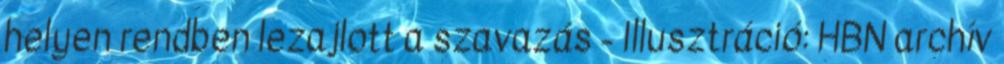
helyen rendben lezajlott a szavazás - Illusztráció: HBN archív